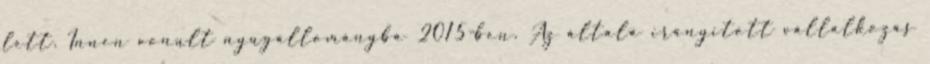
lett. Innen vonult nyugállományba 2015-ben. Az általa irányított vállalkozás